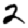
Digit: 2